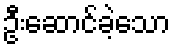
ဦးဆောင်ခဲ့သော